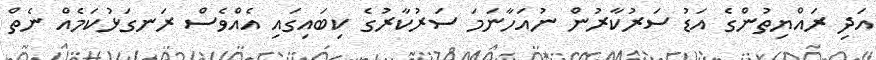
އަދި ރައްޔިތުންގެ އަޑު ސަރުކާރުން ނުއަހާނަމަ ސަރުކާރުގެ ކިބައިގައި އެއްވެސް ރަނގަޅުކަމެއް ނެތް